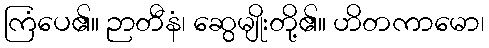
ကြံပေ၏။ ဉာတီနံ၊ ဆွေမျိုးတို့၏။ ဟိတကာမော၊